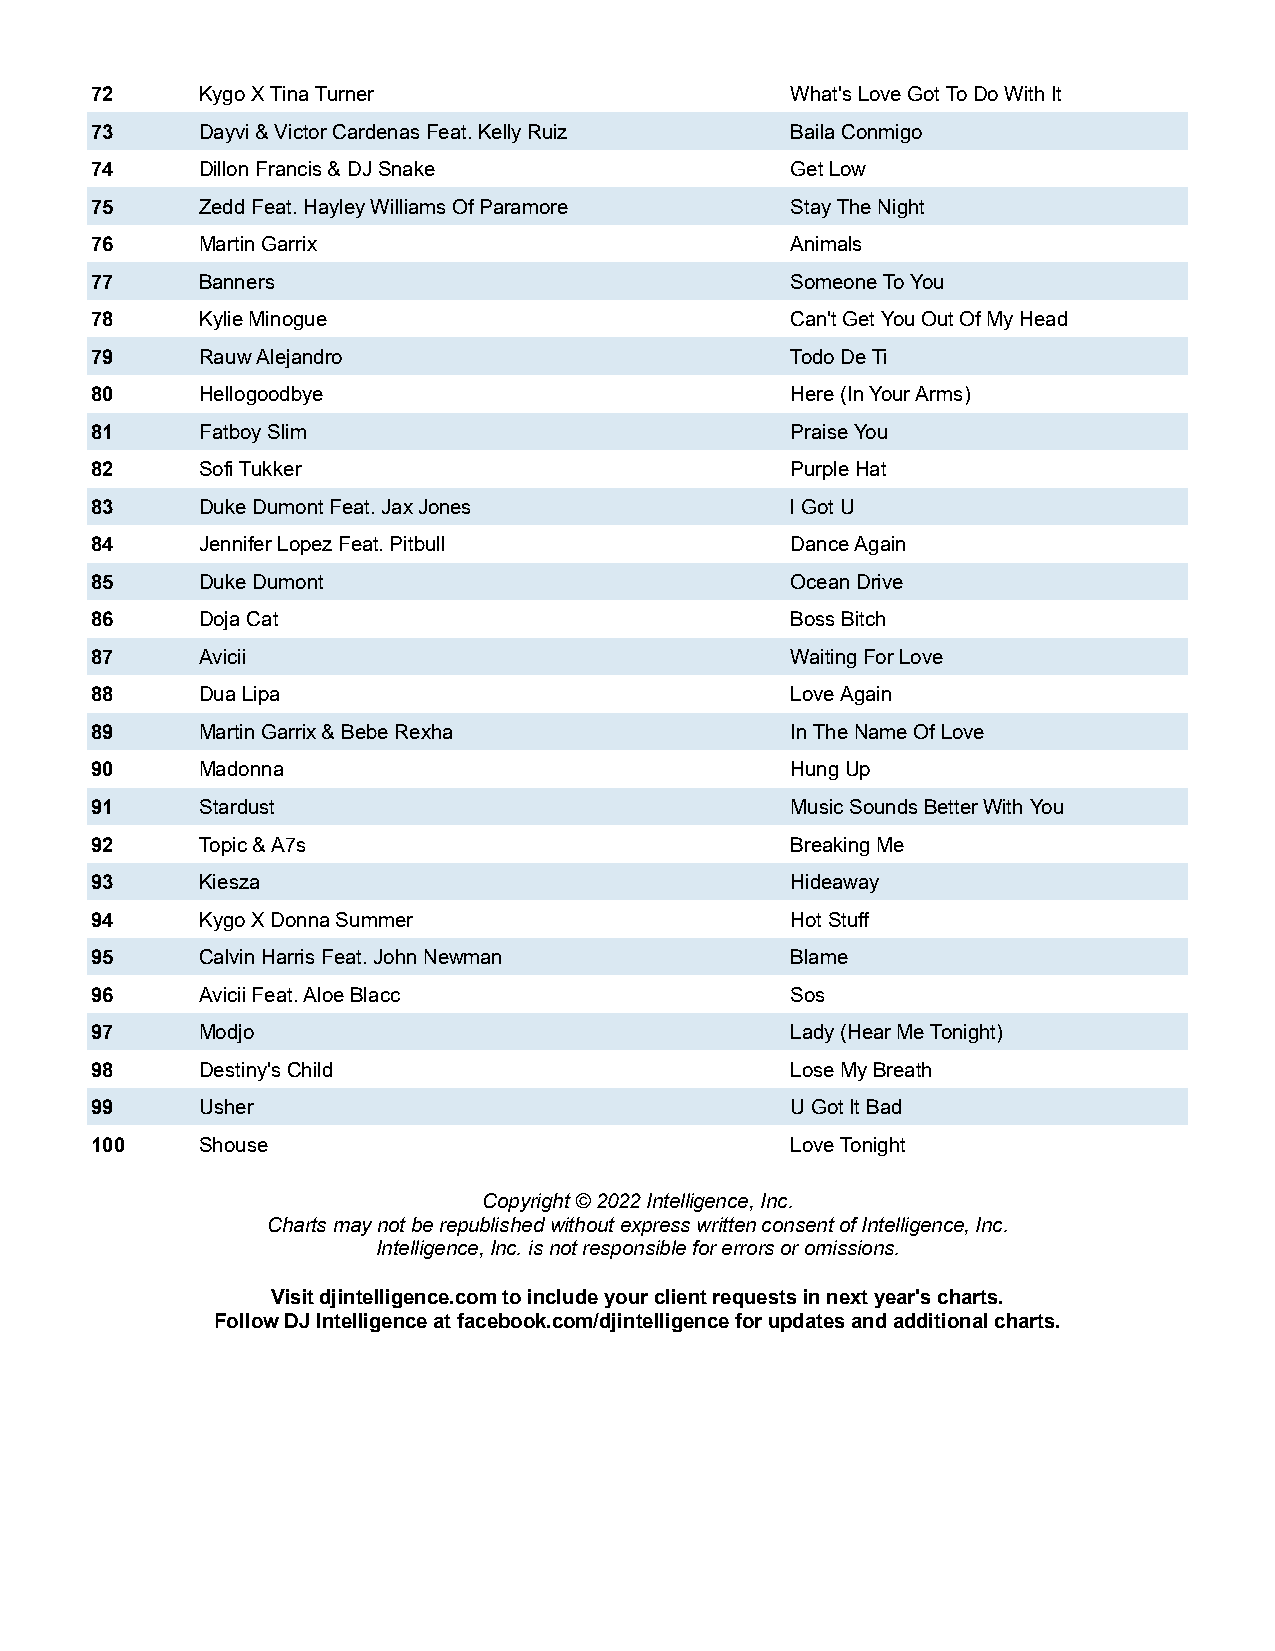
72     Kygo X Tina Turner                     What's Love Got To Do With It
 73     Dayvi & Victor Cardenas Feat. Kelly Ruiz Baila Conmigo
 74     Dillon Francis & DJ Snake              Get Low
 75     Zedd Feat. Hayley Williams Of Paramore Stay The Night
 76     Martin Garrix                          Animals
 77     Banners                                Someone To You
 78     Kylie Minogue                          Can't Get You Out Of My Head
 79     Rauw Alejandro                         Todo De Ti
 80     Hellogoodbye                           Here (In Your Arms)
 81     Fatboy Slim                            Praise You
 82     Sofi Tukker                            Purple Hat
 83     Duke Dumont Feat. Jax Jones            I Got U
 84     Jennifer Lopez Feat. Pitbull           Dance Again
 85     Duke Dumont                            Ocean Drive
 86     Doja Cat                               Boss Bitch
 87     Avicii                                 Waiting For Love
 88     Dua Lipa                               Love Again
 89     Martin Garrix & Bebe Rexha             In The Name Of Love
 90     Madonna                                Hung Up
 91     Stardust                               Music Sounds Better With You
 92     Topic & A7s                            Breaking Me
 93     Kiesza                                 Hideaway
 94     Kygo X Donna Summer                    Hot Stuff
 95     Calvin Harris Feat. John Newman        Blame
 96     Avicii Feat. Aloe Blacc                Sos
 97     Modjo                                  Lady (Hear Me Tonight)
 98     Destiny's Child                        Lose My Breath
 99     Usher                                  U Got It Bad
 100    Shouse                                 Love Tonight
 Copyright © 2022 Intelligence, Inc.
 Charts may not be republished without express written consent of Intelligence, Inc.
 Intelligence, Inc. is not responsible for errors or omissions.
 Visit djintelligence.com to include your client requests in next year's charts.
 Follow DJ Intelligence at facebook.com/djintelligence for updates and additional charts.